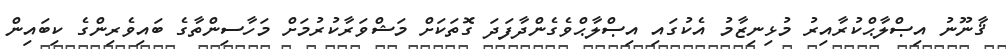
ޤާނޫނު އިޞްލާޙްކުރާއިރު މުޅިނިޒާމު އެކުގައި އިޞްލާޙްވެގެންދާފަދަ ގޮތަކަށް މަޝްވަރާކުރުމަށް މަހާސިންތާގެ ބައިވެރިންގެ ކިބައިން